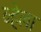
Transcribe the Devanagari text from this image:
व्हेला